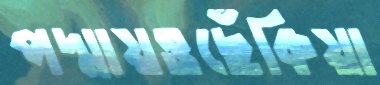
পদ্মায়ওছেঁকিয়া